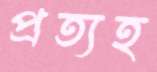
প্রত্যহ